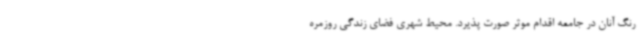
رنگ آنان در جامعه اقدام موثر صورت پذیرد. محیط شهری فضای زندگی روزمره